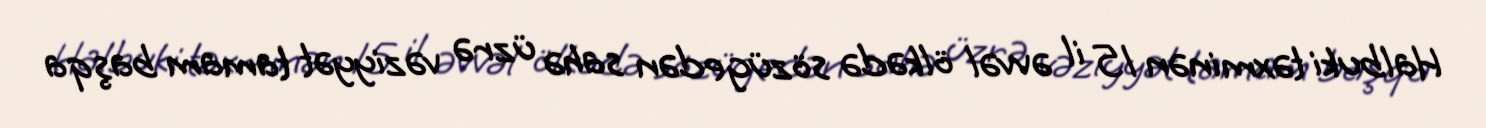
Halbuki təxminən 15 il əvvəl ölkədə sözügedən sahə üzrə vəziyyət tamam başqa